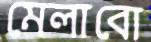
মেলাবো